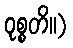
ဝုစ္စတိ။)